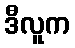
ဒီလူက